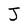
Character: J